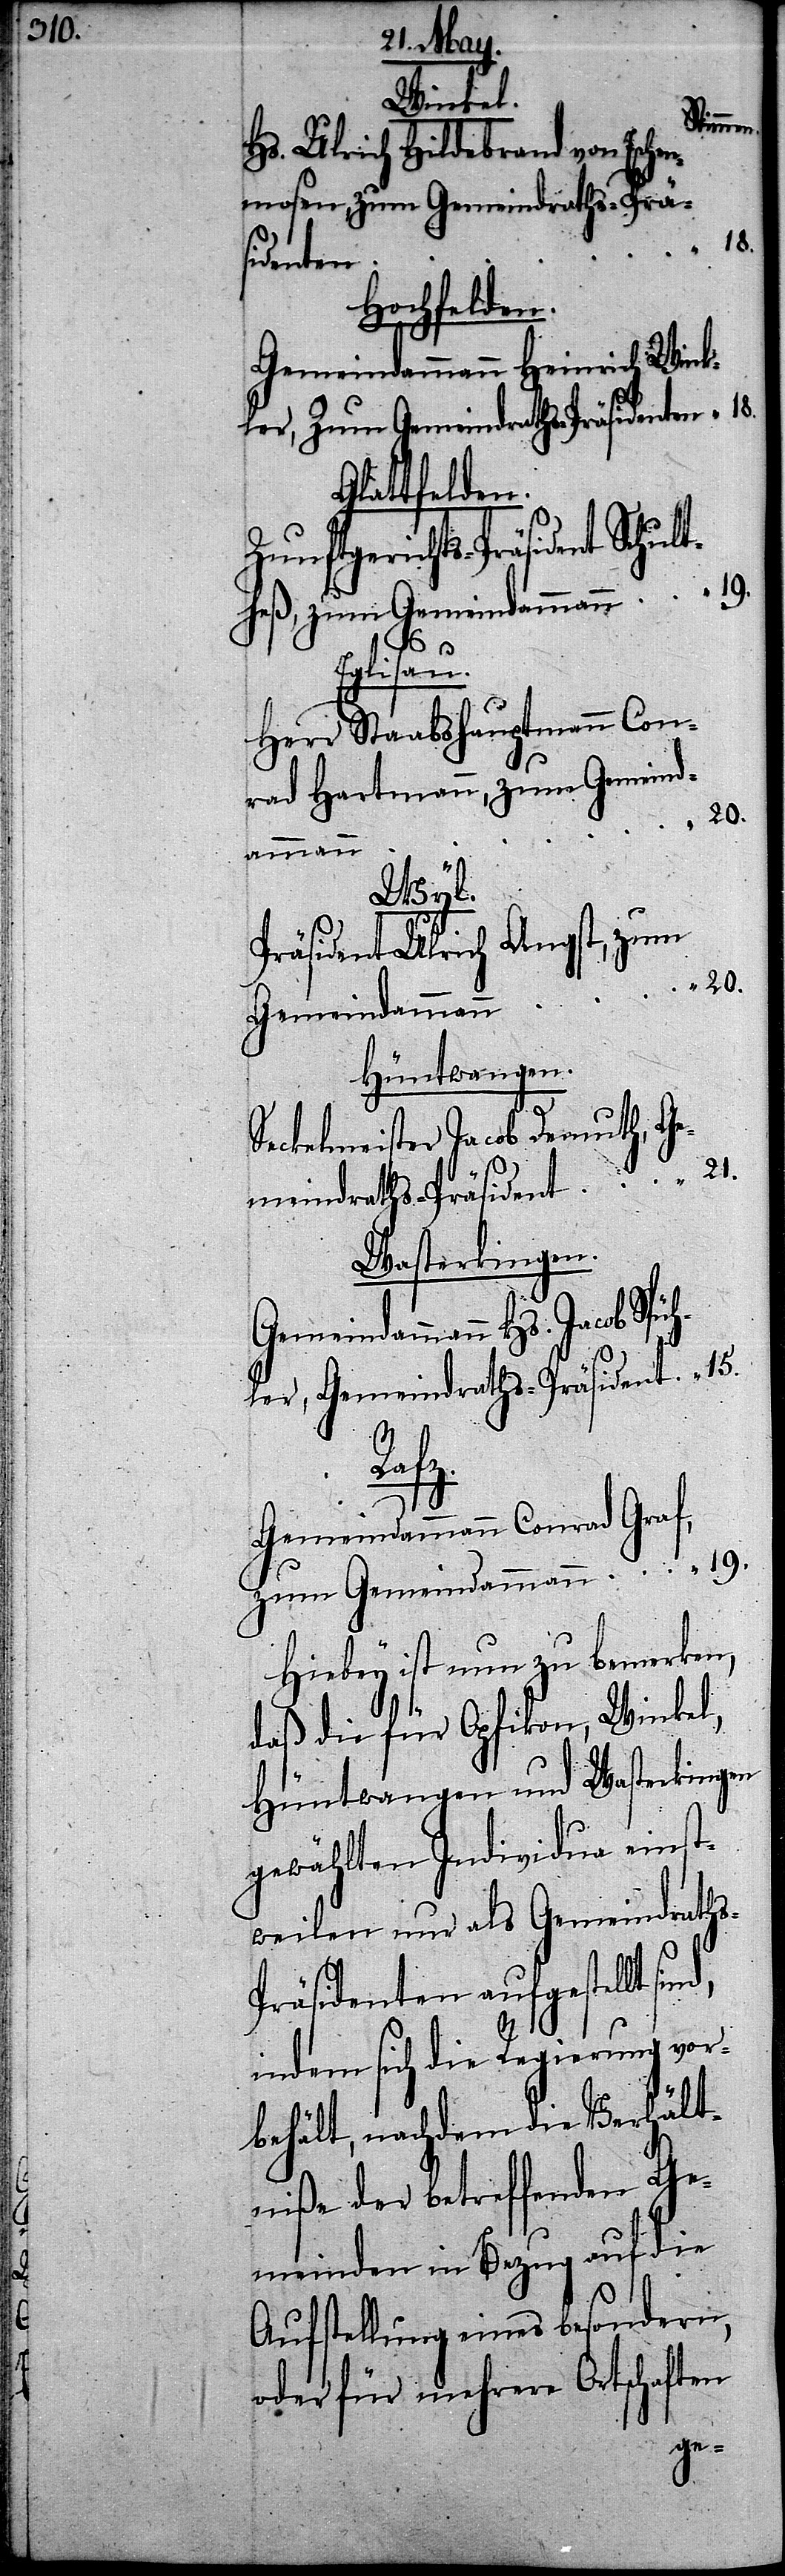
Winkel.
Stimmen.
Hs. Ulrich Hildebrand von Esche¬
nmosen, zum Gemeindraths-Prä¬
19.
sidenten
Hochfelden.
Gemeindammann Heinrich Wink¬
ler, zum Gemeindraths-Präsidenten
Glattfelden.
Zunftgerichts-Präsident Schult¬
heß, zum Gemeindammann
Eglisau.
Herr Staabshautpmann Con¬
rad Hartmann, zum Gemeind¬
20.
ammann
20.
Wyl.
Präsident Ulrich Angst, zum
Gemeindammann
Hüntwangen.
Seckelmeister Jacob Demuth, Ge¬
meindraths-Präsident
Wasterkingen.
ler, Gemeindraths-Präsident
15.
s-P¬
Gemeindammann Conrad Graf,
Hiebey ist nun zu bemerken,
daß die für Opfikon, Winkel,
Hüntwangen und Wasterkingen
gewählten Individua einst¬
weilen nur als Gemeindrath¬
räsidenten aufgestellt sin¬
d,
indem sich die Regierung vor¬
behält, nachdem die Verhält¬
niße der betreffenden Ge¬
meinden in Bezug auf die
Aufstellung eines besondern,
oder für mehrere Ortschaften